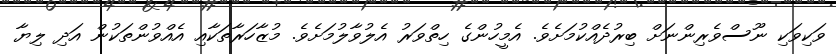
ވަކިވަކި ނޫސްވެރިންނަށް ބިރުދެއްކުމަށެވެ. އެމީހުންގެ ހިތްވަރު އެލުވާލުމަށެވެ. މުޒާހަރާތަކާއި އެއްވުންތަކުން އަދި ލިޔާ